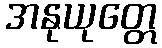
အနုယုတ္တေ